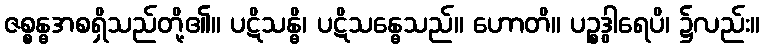
ဇစ္စန္ဓအစရှိသည်တို့၏။ ပဋိသန္ဓိ၊ ပဋိသန္ဓေသည်။ ဟောတိ။ ပဉ္စဒွါရေပိ၊ ၌လည်း။